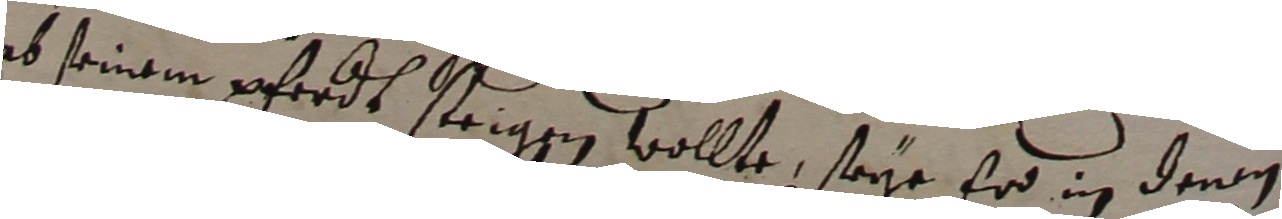
ab seinem pferdt strigen wollte, seye er in dern